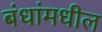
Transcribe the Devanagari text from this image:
बंधांमधील